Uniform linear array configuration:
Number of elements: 12
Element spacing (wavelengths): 0.25
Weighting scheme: cosine
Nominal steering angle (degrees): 60
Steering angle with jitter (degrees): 58.505
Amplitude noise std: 0.05
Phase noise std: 0.05

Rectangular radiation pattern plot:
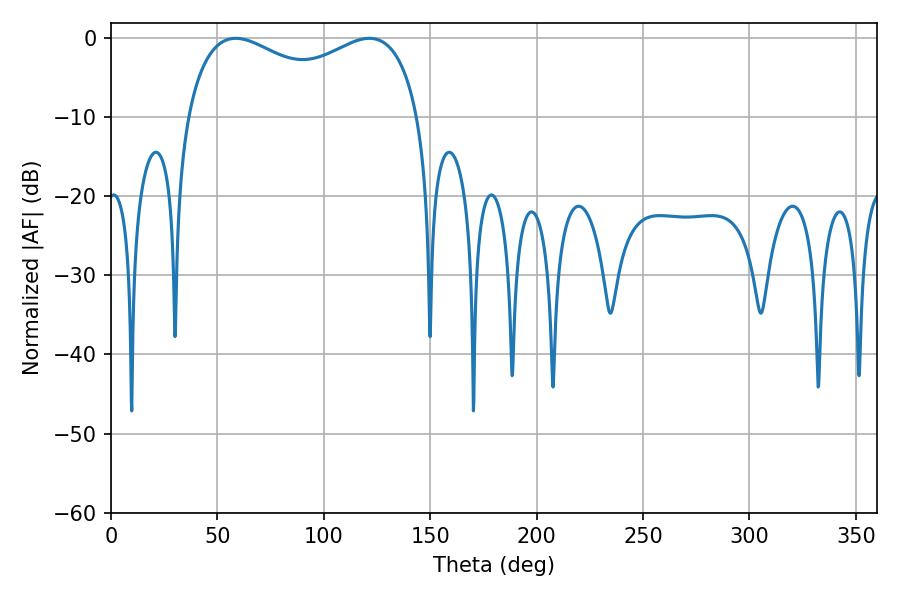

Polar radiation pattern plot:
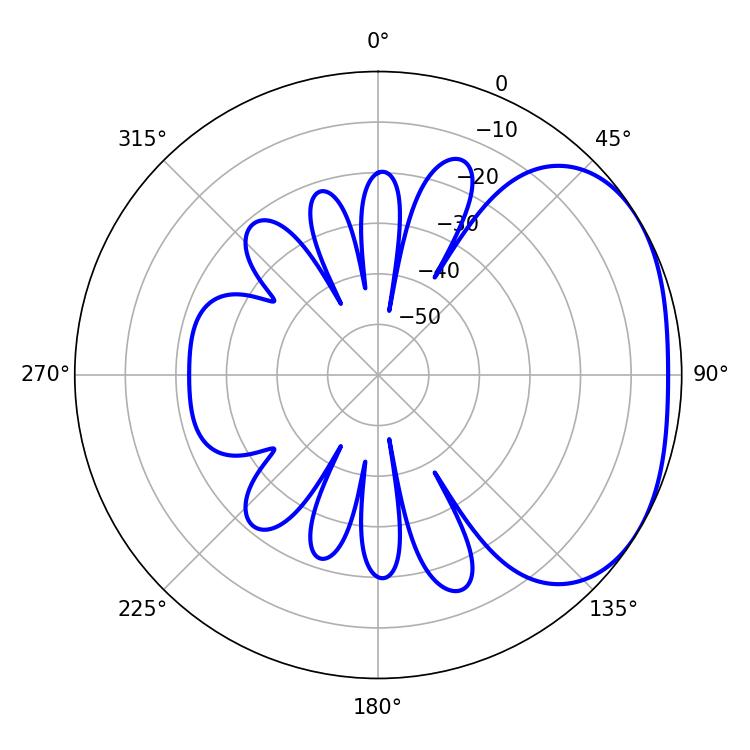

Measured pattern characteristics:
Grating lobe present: FALSE
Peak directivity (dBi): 2.44
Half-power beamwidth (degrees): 91.08
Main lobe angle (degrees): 58.68